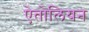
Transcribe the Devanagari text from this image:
ऐतोलियन